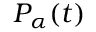
P _ { \alpha } ( t )